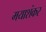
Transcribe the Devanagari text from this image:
मयाशंकर